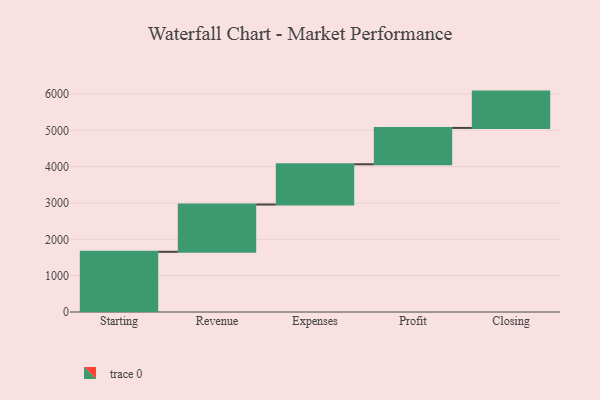
{"axis": {"x": "Step", "y": "Value"}, "legend": [""], "data": [{"x": "Starting", "y": 1657.0, "type": ""}, {"x": "Revenue", "y": 1301.0, "type": ""}, {"x": "Expenses", "y": 1108.0, "type": ""}, {"x": "Profit", "y": 1000, "type": ""}, {"x": "Closing", "y": 1000, "type": ""}]}